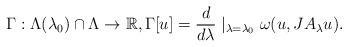
LaTeX: \begin{align*}\Gamma:\Lambda(\lambda_0)\cap\Lambda\rightarrow\mathbb{R},\Gamma[u]=\frac{d}{d\lambda}\mid_{\lambda=\lambda_0}\omega(u,J A_\lambda u).\end{align*}